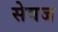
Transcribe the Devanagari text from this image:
सेवज